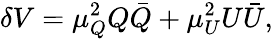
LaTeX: \delta V=\mu_{Q}^{2}Q\bar{Q}+\mu_{U}^{2}U\bar{U},